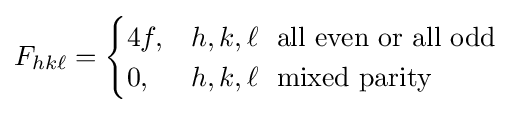
F_{hk\ell }={\begin{cases}4f,&h,k,\ell \ \ {\mbox{all even or all odd}}\\0,&h,k,\ell \ \ {\mbox{mixed parity}}\end{cases}}